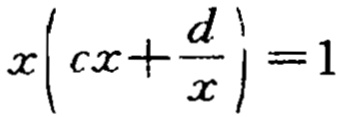
\(x\left(cx+\frac{d}{x}\right)=1\)